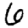
Digit: 6